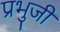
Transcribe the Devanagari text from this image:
प्रभुजी